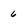
Character: 6